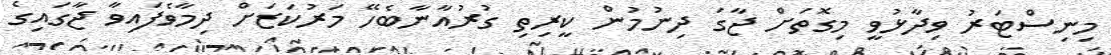
މިނިސްޓަރު ވިދާޅުވީ މިގޮތަށް ޖާގަ ދިނުމުން ކީރިތި ގުރުއާނާބެހޭ މަރުކަޒަށް ދިމާވެފައިވާ ޖާގައިގެ